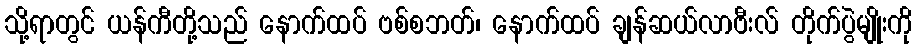
သို့ရာတွင် ယန်ကီတို့သည် နောက်ထပ် ဗစ်စဘတ်၊ နောက်ထပ် ချန်ဆယ်လာဗီးလ် တိုက်ပွဲမျိုးကို